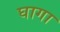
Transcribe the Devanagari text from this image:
घागा